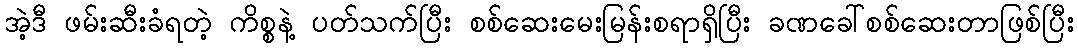
အဲ့ဒီ ဖမ်းဆီးခံရတဲ့ ကိစ္စနဲ့ ပတ်သက်ပြီး စစ်ဆေးမေးမြန်းစရာရှိပြီး ခဏခေါ်စစ်ဆေးတာဖြစ်ပြီး